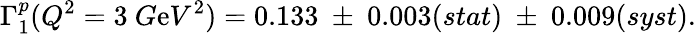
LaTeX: \Gamma_{1}^{p}(Q^{2}=3~G\mathrm{e}V^{2})=0.133~\pm~0.003(stat)~\pm~0.009(syst).